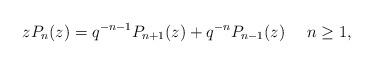
LaTeX: \begin{align*} zP_{n}(z)=q^{-n-1}P_{n+1}(z)+q^{-n}P_{n-1}(z) \ \ \ \ n\geq1, \end{align*}